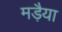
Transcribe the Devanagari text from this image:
मड़ैया